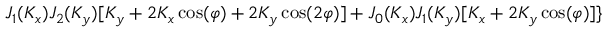
J _ { 1 } ( K _ { x } ) J _ { 2 } ( K _ { y } ) [ K _ { y } + 2 K _ { x } \cos ( \varphi ) + 2 K _ { y } \cos ( 2 \varphi ) ] + J _ { 0 } ( K _ { x } ) J _ { 1 } ( K _ { y } ) [ K _ { x } + 2 K _ { y } \cos ( \varphi ) ] \}